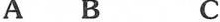
A B C